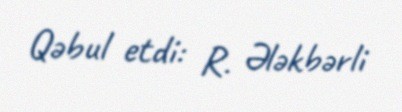
Qəbul etdi: R. Ələkbərli